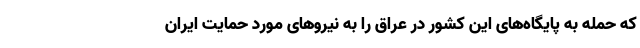
که حمله به پایگاه‌های این کشور در عراق را به نیروهای مورد حمایت ایران